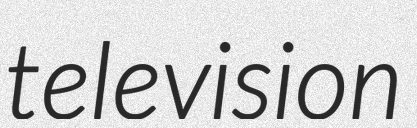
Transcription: television